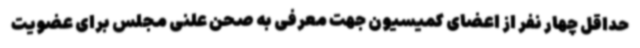
حداقل چهار نفر از اعضای کمیسیون جهت معرفی به صحن علنی مجلس برای عضویت